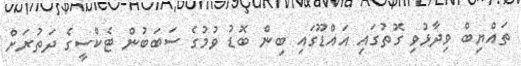
ތައްޔިބް ވިދާޅުވި ގޮތުގައި އައްޑޫގައި ބިން ބޮޑު ވުމުގެ ސަބަބުން ޓެކްސީގެ ދަތުރަށް